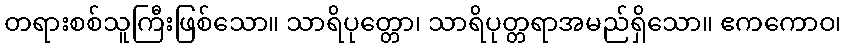
တရားစစ်သူကြီးဖြစ်သော။ သာရိပုတ္တော၊ သာရိပုတ္တရာအမည်ရှိသော။ ဧကကောဝ၊